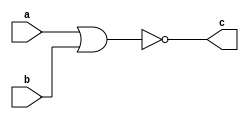
module nor_gate(a,b,c);
input a,b;
output c;
assign c = !(a|b);
endmodule